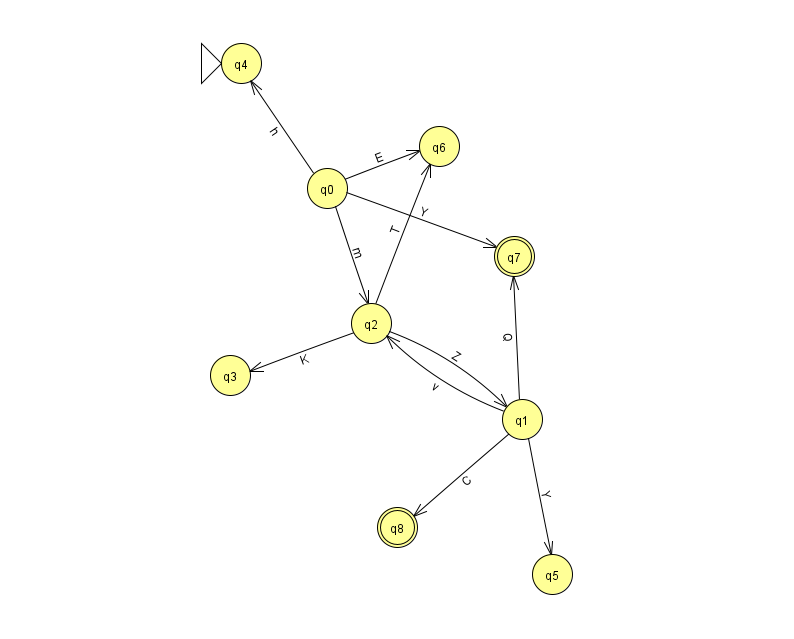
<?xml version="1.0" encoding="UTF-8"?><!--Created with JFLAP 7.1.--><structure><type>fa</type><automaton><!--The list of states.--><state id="0" name="q0"><x>327.0</x><y>175.0</y></state><state id="1" name="q1"><x>522.0</x><y>406.0</y></state><state id="2" name="q2"><x>371.0</x><y>310.0</y></state><state id="3" name="q3"><x>230.0</x><y>362.0</y></state><state id="4" name="q4"><x>241.0</x><y>50.0</y><initial/></state><state id="5" name="q5"><x>552.0</x><y>561.0</y></state><state id="6" name="q6"><x>439.0</x><y>133.0</y></state><state id="7" name="q7"><x>514.0</x><y>243.0</y><final/></state><state id="8" name="q8"><x>397.0</x><y>514.0</y><final/></state><!--The list of transitions.--><transition><from>2</from><to>1</to><read>Z</read></transition><transition><from>2</from><to>6</to><read>T</read></transition><transition><from>0</from><to>2</to><read>m</read></transition><transition><from>1</from><to>5</to><read>Y</read></transition><transition><from>2</from><to>3</to><read>K</read></transition><transition><from>0</from><to>4</to><read>h</read></transition><transition><from>1</from><to>7</to><read>Q</read></transition><transition><from>1</from><to>8</to><read>C</read></transition><transition><from>0</from><to>7</to><read>Y</read></transition><transition><from>1</from><to>2</to><read>v</read></transition><transition><from>0</from><to>6</to><read>E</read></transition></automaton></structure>